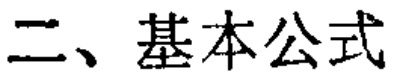
二、基本公式